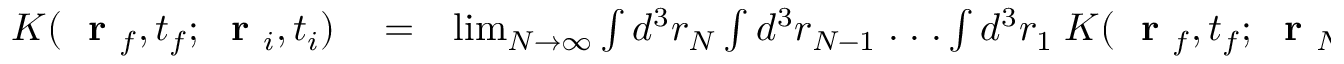
\begin{array} { r l r } { K ( \mathrm { ~ \bf ~ r ~ } _ { f } , t _ { f } ; \mathrm { ~ \bf ~ r ~ } _ { i } , t _ { i } ) } & { { } = } & { \operatorname* { l i m } _ { N \to \infty } \int d ^ { 3 } r _ { N } \int d ^ { 3 } r _ { N - 1 } \; . \; . \; . \int d ^ { 3 } r _ { 1 } \; K ( \mathrm { ~ \bf ~ r ~ } _ { f } , t _ { f } ; \mathrm { ~ \bf ~ r ~ } _ { N } , t _ { N } ) \times } \end{array}